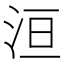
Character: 洹